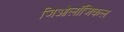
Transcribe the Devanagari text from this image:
जिओलॉजिकल